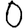
Digit: 0